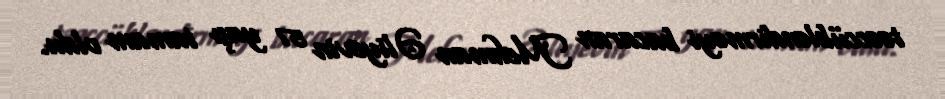
təəccübləndirməyi bacaran Mehman Əliyevin 57 yaşı tamam oldu.